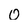
Character: 0